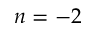
n = - 2